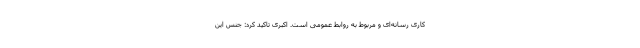
کاری رسانه‌ای و مربوط به روابط عمومی است. اکبری تاکید کرد: جنس این